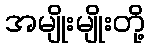
အမျိုးမျိုးတို့